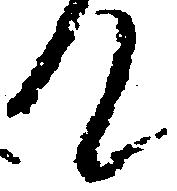
て